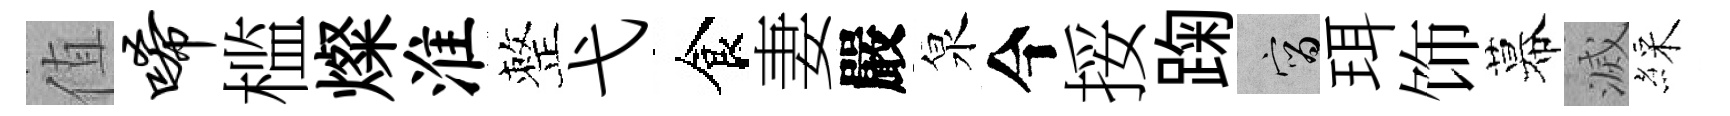
值唏槛燦淮整弋食妻嚴泉今挼踘宵珥饰幕滅綵